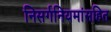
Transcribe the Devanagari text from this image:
निसर्गनियमांसहित